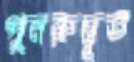
পুনরুদ্ভূত